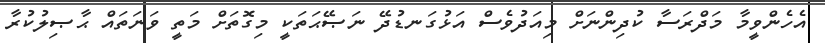
އެހެންވީމާ މަދްރަސާ ކުދިންނަށް މިއަދުވެސް އަޅުގަނޑުދޭ ނަޞޭޙަތަކީ މިގޮތަށް މަތީ ވަނަތައް ޙާޞިލުކުރާ